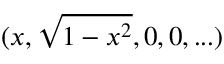
( x , \sqrt { 1 - x ^ { 2 } } , 0 , 0 , . . . )